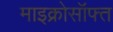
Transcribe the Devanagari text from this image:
माइक्रोसॉफ्त